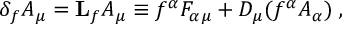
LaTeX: \delta _ { f } A _ { \mu } = { \bf L } _ { f } A _ { \mu } \equiv f ^ { \alpha } F _ { \alpha \mu } + D _ { \mu } ( f ^ { \alpha } A _ { \alpha } ) \; ,